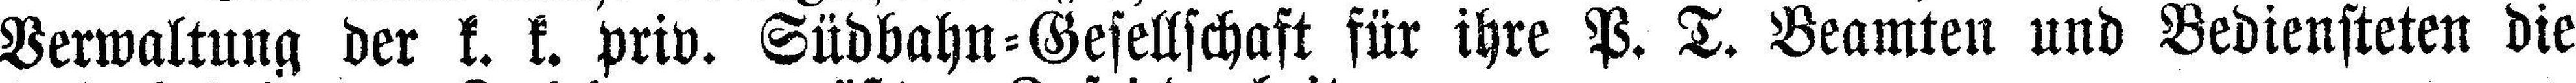
Verwaltung der k. k. priv. Südbahn=Gesellschaft für ihre P. T. Beamten und Bediensteten die